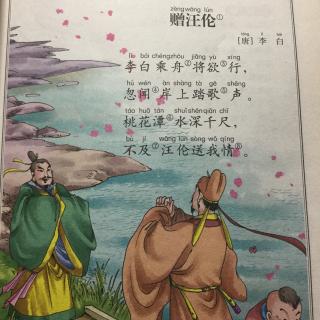
李白乘舟将欲行，忽闻岸上踏歌声。